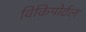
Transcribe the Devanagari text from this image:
विकिपोर्टल